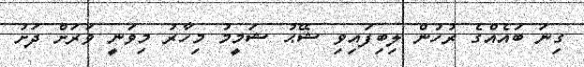
ގިނަ ބައެއްގެ ރުހުން ލިބިފައިވި ޝޭޙު ޝަމީމު މިހާރު މިވަނީ ވަރަށް ދަށު